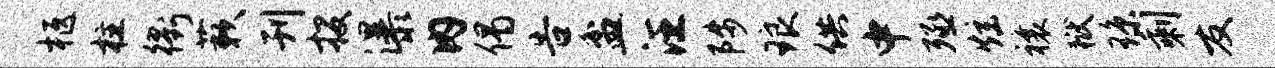
柩柱衢蔌刊投瀑内偈告盆汪陟琅供中殛炫禳狱琼剩友